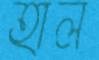
হাল